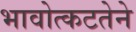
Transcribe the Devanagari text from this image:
भावोत्कटतेने